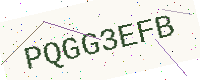
Text: PQGG3EFB